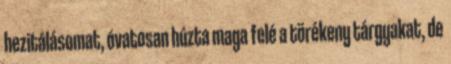
hezitálásomat, óvatosan húzta maga felé a törékeny tárgyakat, de